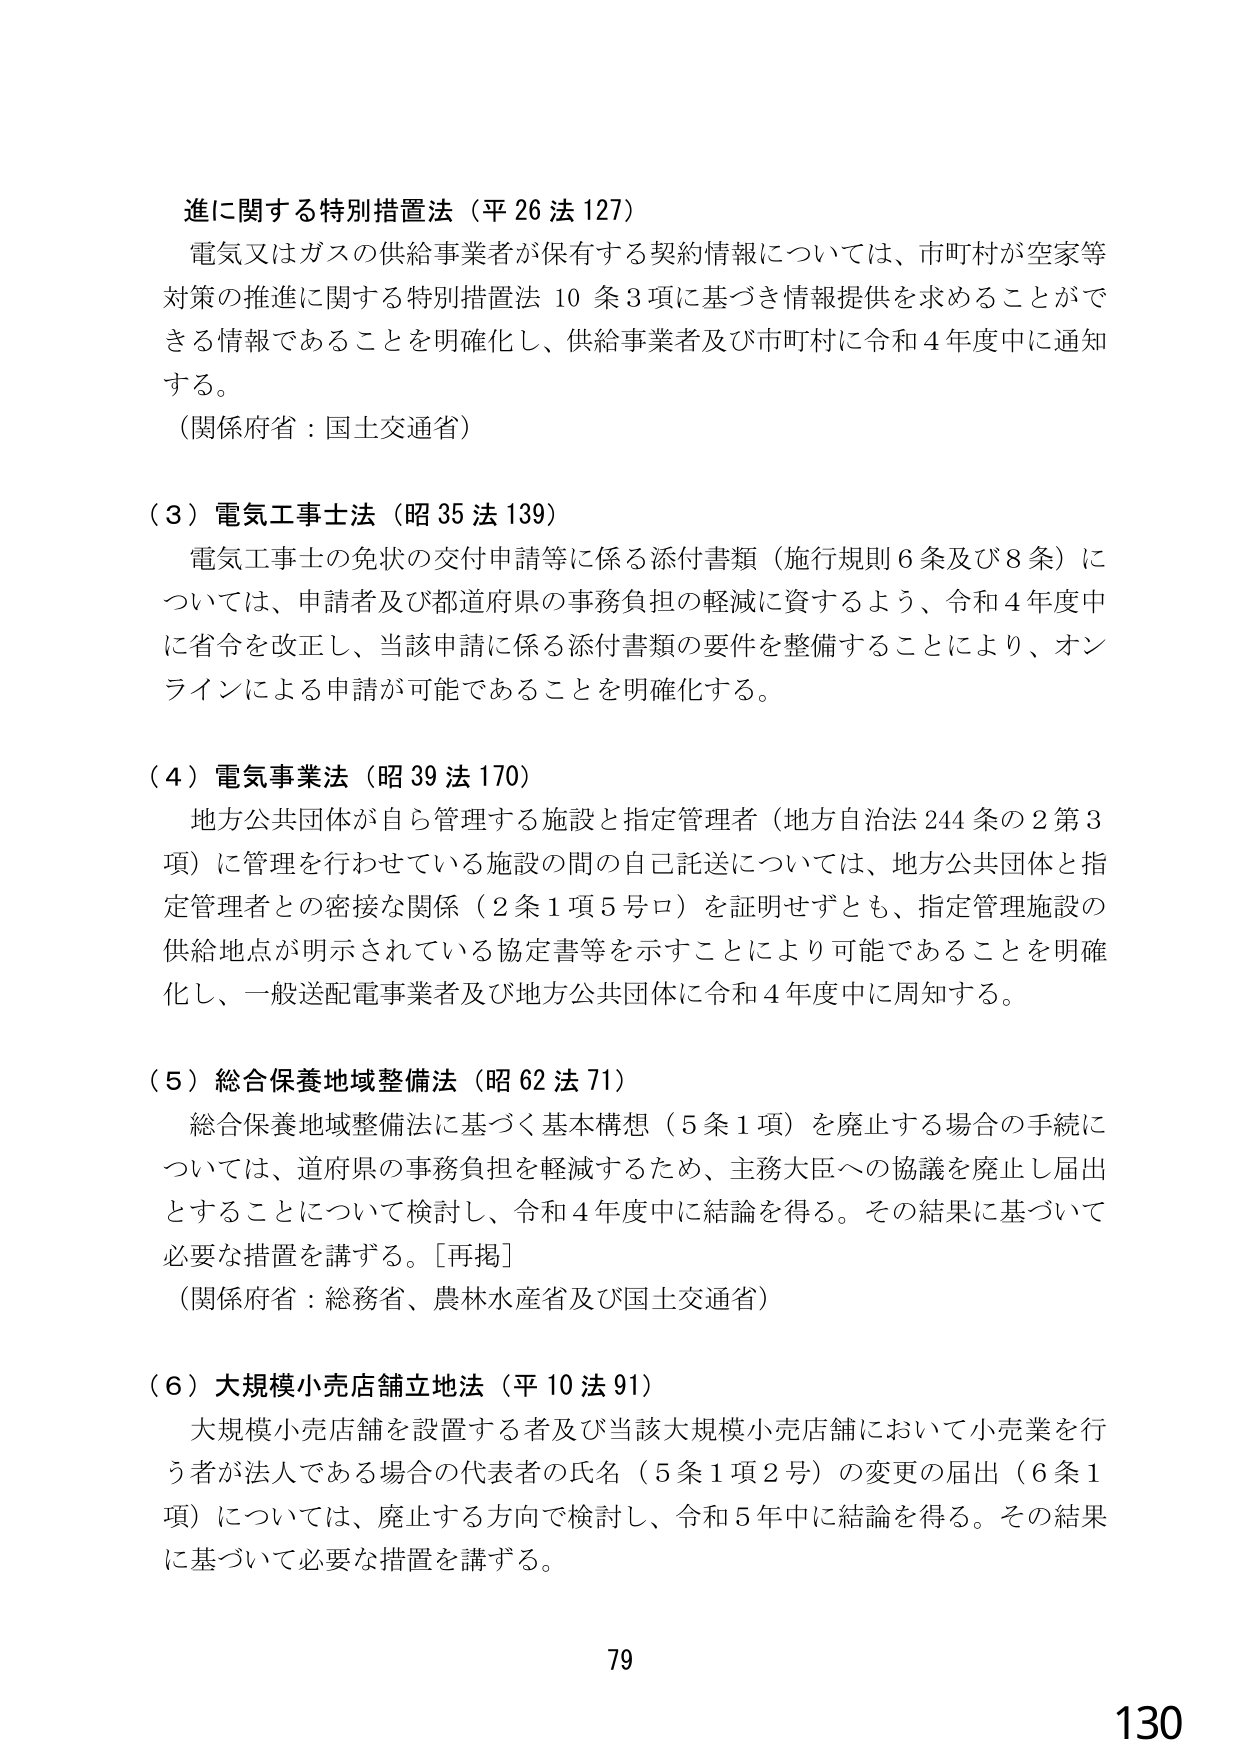
進に関する特別措置法（平26法127）
電気又はガスの供給事業者が保有する契約情報については、市町村が空家等対策の推進に関する特別措置法10条3項に基づき情報提供を求めることができる情報であることを明確化し、供給事業者及び市町村に令和4年度中に通知する。
（関係府省：国土交通省）

（3）電気工事士法（昭35法139）
電気工事士の免状の交付申請等に係る添付書類（施行規則6条及び8条）については、申請者及び都道府県の事務負担の軽減に資するよう、令和4年度中に省令を改正し、当該申請に係る添付書類の要件を整備することにより、オンラインによる申請が可能であることを明確化する。

（4）電気事業法（昭39法170）
地方公共団体が自ら管理する施設と指定管理者（地方自治法244条の2第3項）に管理を行わせている施設の間の自己託送については、地方公共団体と指定管理者との密接な関係（2条1項5号ロ）を証明せずとも、指定管理施設の供給地点が明示されている協定書等を示すことにより可能であることを明確化し、一般送配電事業者及び地方公共団体に令和4年度中に周知する。

（5）総合保養地域整備法（昭62法71）
総合保養地域整備法に基づく基本構想（5条1項）を廃止する場合の手続については、道府県の事務負担を軽減するため、主務大臣への協議を廃止し届出とすることについて検討し、令和4年度中に結論を得る。その結果に基づいて必要な措置を講ずる。［再掲］
（関係府省：総務省、農林水産省及び国土交通省）

（6）大規模小売店舗立地法（平10法91）
大規模小売店舗を設置する者及び当該大規模小売店舗において小売業を行う者が法人である場合の代表者の氏名（5条1項2号）の変更の届出（6条1項）については、廃止する方向で検討し、令和5年中に結論を得る。その結果に基づいて必要な措置を講ずる。

79
130